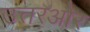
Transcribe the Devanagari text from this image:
उत्तरऔर